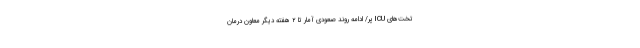
تخت‌های ICU پُر/ ادامه روند صعودی آمار تا ۲ هفته دیگر معاون درمان